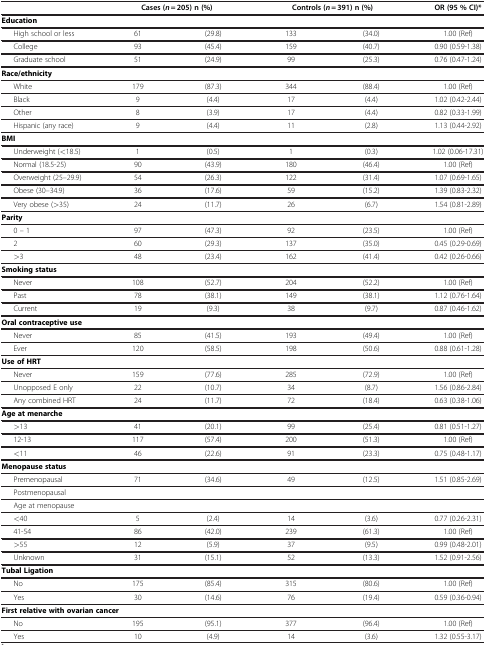
<table><thead><tr><td><b> </b></td><td colspan="2"><b>Cases (<i>n</i> = 205) n (%)</b></td><td colspan="2"><b>Controls (<i>n</i> = 391) n (%)</b></td><td><b>OR (95 % CI)*</b></td></tr></thead><tbody><tr><td colspan="6"><b>Education</b></td></tr><tr><td>High school or less</td><td>61</td><td>(29.8)</td><td>133</td><td>(34.0)</td><td>1.00 (Ref)</td></tr><tr><td>College</td><td>93</td><td>(45.4)</td><td>159</td><td>(40.7)</td><td>0.90 (0.59-1.38)</td></tr><tr><td>Graduate school</td><td>51</td><td>(24.9)</td><td>99</td><td>(25.3)</td><td>0.76 (0.47-1.24)</td></tr><tr><td colspan="6"><b>Race/ethnicity</b></td></tr><tr><td>White</td><td>179</td><td>(87.3)</td><td>344</td><td>(88.4)</td><td>1.00 (Ref)</td></tr><tr><td>Black</td><td>9</td><td>(4.4)</td><td>17</td><td>(4.4)</td><td>1.02 (0.42-2.44)</td></tr><tr><td>Other</td><td>8</td><td>(3.9)</td><td>17</td><td>(4.4)</td><td>0.82 (0.33-1.99)</td></tr><tr><td>Hispanic (any race)</td><td>9</td><td>(4.4)</td><td>11</td><td>(2.8)</td><td>1.13 (0.44-2.92)</td></tr><tr><td colspan="6"><b>BMI</b></td></tr><tr><td>Underweight (&lt;18.5)</td><td>1</td><td>(0.5)</td><td>1</td><td>(0.3)</td><td>1.02 (0.06-17.31)</td></tr><tr><td>Normal (18.5-25)</td><td>90</td><td>(43.9)</td><td>180</td><td>(46.4)</td><td>1.00 (Ref)</td></tr><tr><td>Overweight (25–29.9)</td><td>54</td><td>(26.3)</td><td>122</td><td>(31.4)</td><td>1.07 (0.69-1.65)</td></tr><tr><td>Obese (30–34.9)</td><td>36</td><td>(17.6)</td><td>59</td><td>(15.2)</td><td>1.39 (0.83-2.32)</td></tr><tr><td>Very obese (<underline>&gt;</underline>35)</td><td>24</td><td>(11.7)</td><td>26</td><td>(6.7)</td><td>1.54 (0.81-2.89)</td></tr><tr><td colspan="6"><b>Parity</b></td></tr><tr><td>0 – 1</td><td>97</td><td>(47.3)</td><td>92</td><td>(23.5)</td><td>1.00 (Ref)</td></tr><tr><td>2</td><td>60</td><td>(29.3)</td><td>137</td><td>(35.0)</td><td>0.45 (0.29-0.69)</td></tr><tr><td><underline>&gt;</underline>3</td><td>48</td><td>(23.4)</td><td>162</td><td>(41.4)</td><td>0.42 (0.26-0.66)</td></tr><tr><td colspan="6"><b>Smoking status</b></td></tr><tr><td>Never</td><td>108</td><td>(52.7)</td><td>204</td><td>(52.2)</td><td>1.00 (Ref)</td></tr><tr><td>Past</td><td>78</td><td>(38.1)</td><td>149</td><td>(38.1)</td><td>1.12 (0.76-1.64)</td></tr><tr><td>Current</td><td>19</td><td>(9.3)</td><td>38</td><td>(9.7)</td><td>0.87 (0.46-1.62)</td></tr><tr><td colspan="6"><b>Oral contraceptive use</b></td></tr><tr><td>Never</td><td>85</td><td>(41.5)</td><td>193</td><td>(49.4)</td><td>1.00 (Ref)</td></tr><tr><td>Ever</td><td>120</td><td>(58.5)</td><td>198</td><td>(50.6)</td><td>0.88 (0.61-1.28)</td></tr><tr><td colspan="6"><b>Use of HRT</b></td></tr><tr><td>Never</td><td>159</td><td>(77.6)</td><td>285</td><td>(72.9)</td><td>1.00 (Ref)</td></tr><tr><td>Unopposed E only</td><td>22</td><td>(10.7)</td><td>34</td><td>(8.7)</td><td>1.56 (0.86-2.84)</td></tr><tr><td>Any combined HRT</td><td>24</td><td>(11.7)</td><td>72</td><td>(18.4)</td><td>0.63 (0.38-1.06)</td></tr><tr><td colspan="6"><b>Age at menarche</b></td></tr><tr><td>&gt;13</td><td>41</td><td>(20.1)</td><td>99</td><td>(25.4)</td><td>0.81 (0.51-1.27)</td></tr><tr><td>12-13</td><td>117</td><td>(57.4)</td><td>200</td><td>(51.3)</td><td>1.00 (Ref)</td></tr><tr><td><underline>&lt;</underline>11</td><td>46</td><td>(22.6)</td><td>91</td><td>(23.3)</td><td>0.75 (0.48-1.17)</td></tr><tr><td colspan="6"><b>Menopause status</b></td></tr><tr><td>Premenopausal</td><td>71</td><td>(34.6)</td><td>49</td><td>(12.5)</td><td>1.51 (0.85-2.69)</td></tr><tr><td colspan="6">Postmenopausal</td></tr><tr><td colspan="6">Age at menopause</td></tr><tr><td>&lt;40</td><td>5</td><td>(2.4)</td><td>14</td><td>(3.6)</td><td>0.77 (0.26-2.31)</td></tr><tr><td>41-54</td><td>86</td><td>(42.0)</td><td>239</td><td>(61.3)</td><td>1.00 (Ref)</td></tr><tr><td><underline>&gt;</underline>55</td><td>12</td><td>(5.9)</td><td>37</td><td>(9.5)</td><td>0.99 (0.48-2.01)</td></tr><tr><td>Unknown</td><td>31</td><td>(15.1)</td><td>52</td><td>(13.3)</td><td>1.52 (0.91-2.56)</td></tr><tr><td colspan="6"><b>Tubal Ligation</b></td></tr><tr><td>No</td><td>175</td><td>(85.4)</td><td>315</td><td>(80.6)</td><td>1.00 (Ref)</td></tr><tr><td>Yes</td><td>30</td><td>(14.6)</td><td>76</td><td>(19.4)</td><td>0.59 (0.36-0.94)</td></tr><tr><td colspan="6"><b>First relative with ovarian cancer</b></td></tr><tr><td>No</td><td>195</td><td>(95.1)</td><td>377</td><td>(96.4)</td><td>1.00 (Ref)</td></tr><tr><td>Yes</td><td>10</td><td>(4.9)</td><td>14</td><td>(3.6)</td><td>1.32 (0.55-3.17)</td></tr></tbody></table>